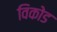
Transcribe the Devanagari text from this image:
विकोड